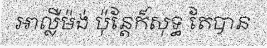
អាល្លឺម៉ង់ ប៉ុន្តែក៏សុទ្ធ តែបាន